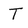
Character: T